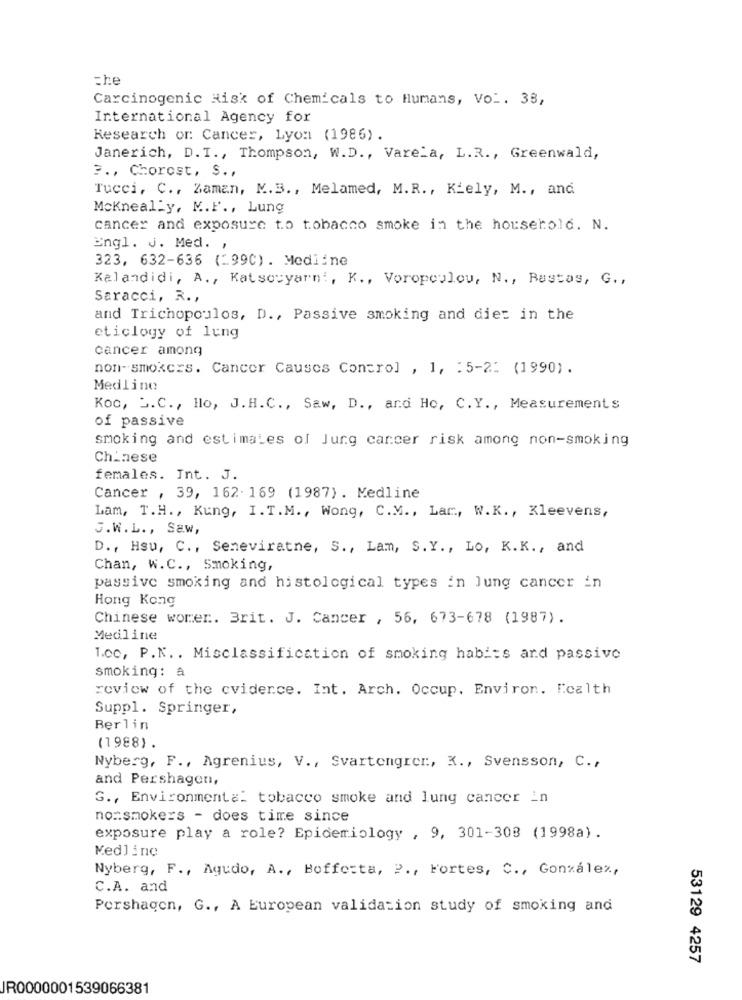
che
Carcinogenic Risk of Chemicals to Humans, Vol. 38,
International Agency for
Research or: Cancer, Lyon (1986).
Janerich, D. T ., Thompson, W.D ., Varela, L.R ., Greenwald,
?., Chorost, S .,
Tucci, C ., Zaman, M.B ., Melamed, M.R ., Kiely, M ., and
Mckneally, M.F ., Lung
cancer and exposure to tobacco smoke in the household. N.
Engl. J. Med. ,
323, 632-636 (1990). Medline
Kalandidi, A ., Katsouyarn', K ., Voropoulou, N ., Rastas, G .,
Saracci, R .,
and Trichopoulos, D ., Passive smoking and dier in the
eticlogy of lung
cancer among
non-smokers. Cancer Causes Control , 1, : 5-2: (1990).
Medline
Koc, J.C ., Ho, J. H. C ., Saw, D ., and Ho, C.Y ., Measurements
of passive
smoking and estimates of Jung cancer risk among non-smoking
Chinese
females. Int. J.
Cancer , 39, 162- 169 (1987) . Medline
Lam, T.H ., Kung, I. T. M ., Wong, C.M ., Lar, W.K ., Kleevens,
G.W.L ., Saw,
D ., Hsu, C ., Seneviratne, S ., Lam, S.Y ., Lo, K.K ., and
Chan, W.C ., Smoking,
passive smoking and histological types in lung cancer in
Hong Kong
Chinese womer. Brit. J. Cancer , 56, 673-678 (1987).
Medline
1.00, P.N .. Misclassification of smoking habits and passive
smoking: a
review of the evidence. Int. Arch. Occup. Environ. Health
Suppl. Springer,
Berlin
(1988).
Nyberg, F ., Agrenius, V ., Svartengrer, K ., Svensson, C .,
and Pershagen,
G ., Environmental tobacco smoke and lung cancer in
nonsmokers - does time since
exposure play a role? Epidemiology , 9, 301-308 (1998a).
Medline
Nyberg, F ., Agudo, A ., Boffo:ta, P ., Fortes, C ., González,
C.A. and
Pershagen, G ., A European validation study of smoking and
53129 4257
JR0000001539066381